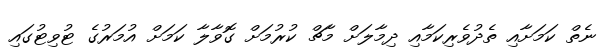
ނެތް ކަމަށާއި ތެދުވެރިކަމާއި ދިމާލަށް މާޗް ކުރުމަށް ގޮވާލާ ކަމަށް އުމަރުގެ ޓުވިޓުގައި